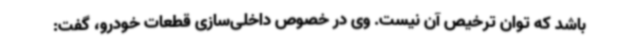
باشد که توان ترخیص آن نیست. وی در خصوص داخلی‌سازی قطعات خودرو، گفت: